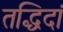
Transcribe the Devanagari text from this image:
तद्धिदां